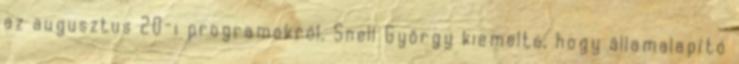
az augusztus 20-i programokról. Snell György kiemelte, hogy államalapító